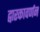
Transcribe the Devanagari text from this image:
द्वारकावर्णन